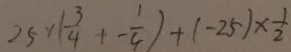
2 5 \times ( \frac { 3 } { 4 } + - \frac { 1 } { 4 } ) + ( - 2 5 ) \times \frac { 1 } { 2 }